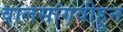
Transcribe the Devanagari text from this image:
वालसांगवीहून